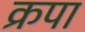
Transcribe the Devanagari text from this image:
क्रपा